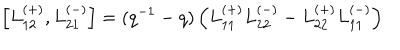
LaTeX: \left[ L _ { 1 2 } ^ { ( + ) } , L _ { 2 1 } ^ { ( - ) } \right] = ( q ^ { - 1 } - q ) \left( L _ { 1 1 } ^ { ( + ) } L _ { 2 2 } ^ { ( - ) } - L _ { 2 2 } ^ { ( + ) } L _ { 1 1 } ^ { ( - ) } \right)